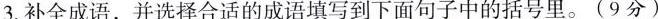
3.补全成语，并选择合适的成语填写到下面句子中的括号里。(9分)